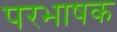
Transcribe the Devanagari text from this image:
परभाषक